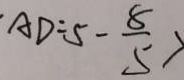
A D = 5 - \frac { 8 } { 5 } >